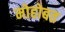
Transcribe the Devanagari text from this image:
मोहोबत